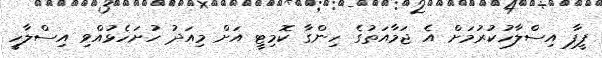
ފީފާ އިސްލާހުކުރުމަށް އެ ޖަމާއަތުގެ ހިންގާ ކޮމިޓީ އަށް މިއަދު ހުށަހެޅުއްވި އިސްލާހީ